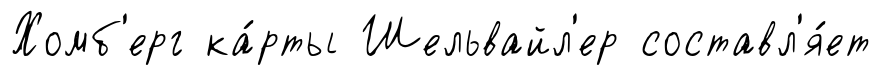
Хомб'ерг ка́рты Шельвайл'ер составл'я́ет